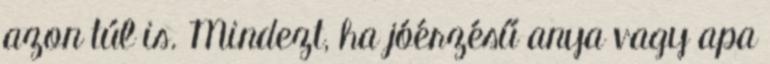
azon túl is. Mindezt, ha jóérzésű anya vagy apa